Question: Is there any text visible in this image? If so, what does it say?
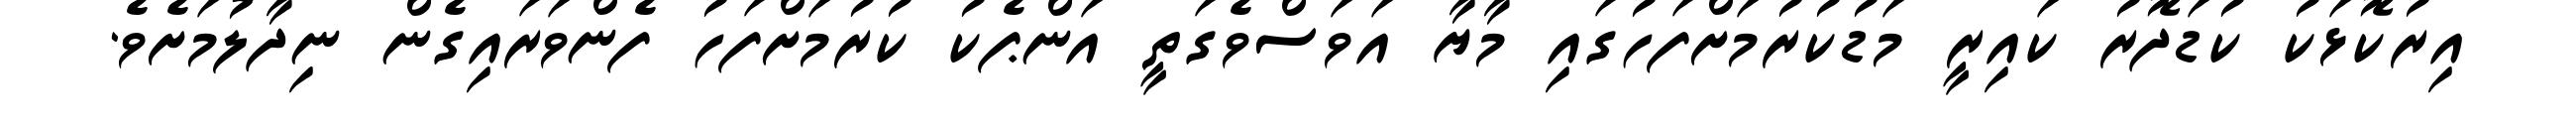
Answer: އިރުކޮޅަކު ކުޑަދޮރު ކައިރީ މަޑުކުރުމަށްފަހުގައި މާޔާ އަވަސްވެގަތީ އަންޕެކު ކުރުމަށްފަހު ފެންވަރައިގެން ނިދާލުމަށެވެ.